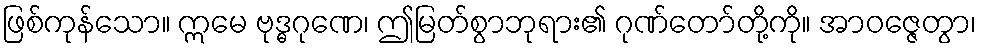
ဖြစ်ကုန်သော။ ဣမေ ဗုဒ္ဓဂုဏေ၊ ဤမြတ်စွာဘုရား၏ ဂုဏ်တော်တို့ကို။ အာဝဇ္ဇေတွာ၊